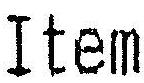
ITEM